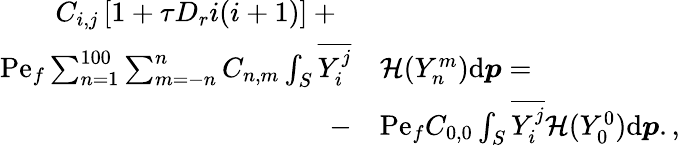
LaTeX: \begin{array}{rl}{C_{i,j}\left[1+\tau D_{r}i(i+1)\right]+\; \; }&{}\\ {\mathrm{Pe}_{f}\sum_{n=1}^{100}\sum_{m=-n}^{n}C_{n,m}\int_{S}\overline{{Y_{i}^{j}}}}&{\mathcal{H}(Y_{n}^{m})\mathrm{d}\boldsymbol{p}=}\\ {-}&{\mathrm{Pe}_{f}C_{0,0}\int_{S}\overline{{Y_{i}^{j}}}\mathcal{H}(Y_{0}^{0})\mathrm{d}\boldsymbol{p}.,}\end{array}